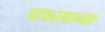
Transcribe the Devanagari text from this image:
घडसाना